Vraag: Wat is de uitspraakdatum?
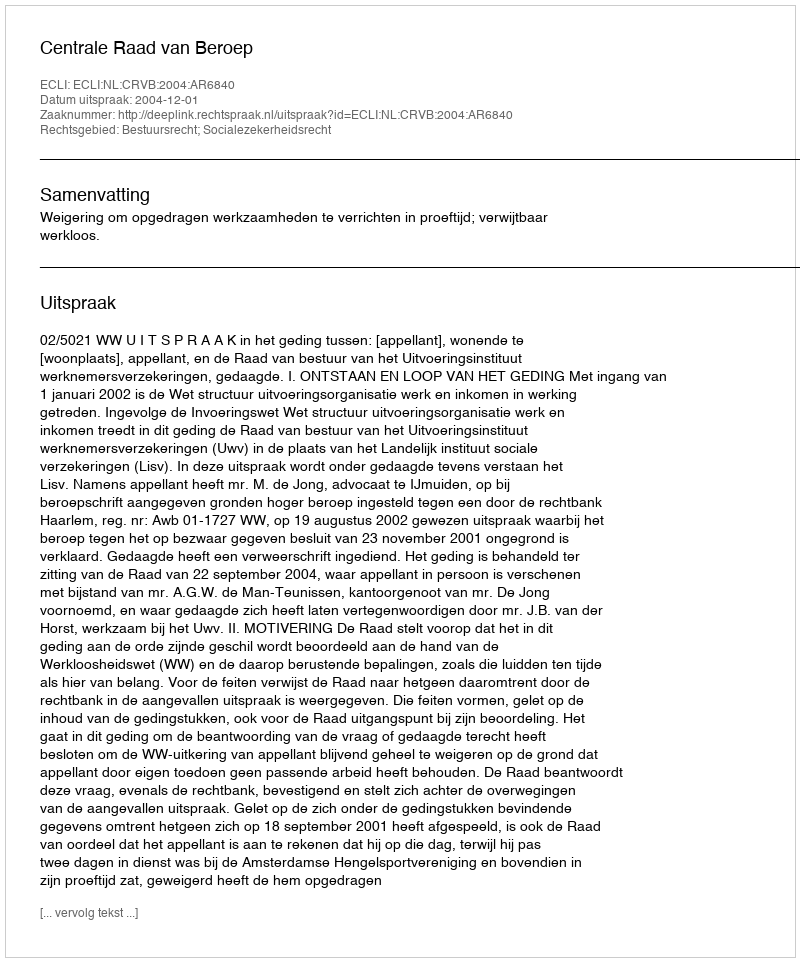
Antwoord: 2004-12-01